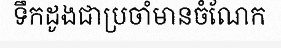
ទឹកដូងជាប្រចាំមានចំណែក